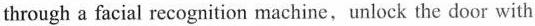
through a facial recognition machine, unlock the door with